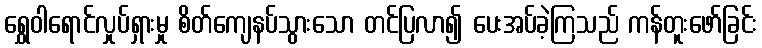
ရွှေဝါရောင်လှုပ်ရှားမှု စိတ်ကျေနပ်သွားသော တင်ပြလာ၍ ပေးအပ်ခဲ့ကြသည် ကန်တူးဖော်ခြင်း